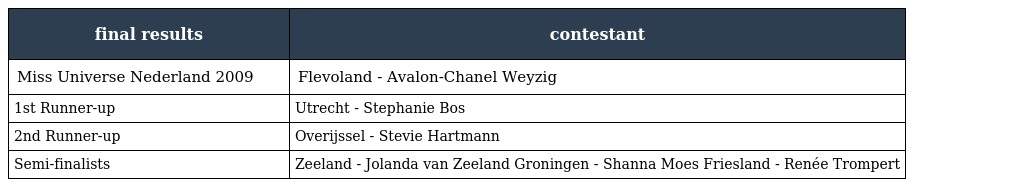
| final results | contestant |
 | --- | --- |
 | Miss Universe Nederland 2009 | Flevoland - Avalon-Chanel Weyzig |
 | 1st Runner-up | Utrecht - Stephanie Bos |
 | 2nd Runner-up | Overijssel - Stevie Hartmann |
 | Semi-finalists | Zeeland - Jolanda van Zeeland Groningen - Shanna Moes Friesland - Renée Trompert |